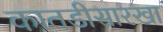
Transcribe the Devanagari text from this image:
कातडीसारखा